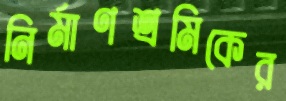
নির্মাণশ্রমিকের